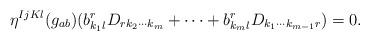
LaTeX: \begin{align*}\eta^{IjKl}(g_{ab})(b^r_{k_1l}D_{rk_2\cdots k_m}+\cdots+b^r_{k_ml}D_{k_1\cdots k_{m-1}r})=0.\end{align*}